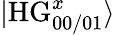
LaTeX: |\mathrm{HG}_{00/01}^{x}\rangle